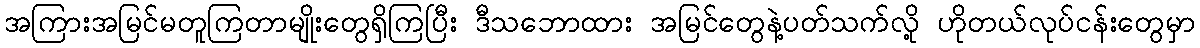
အကြားအမြင်မတူကြတာမျိုးတွေရှိကြပြီး ဒီသဘောထား အမြင်တွေနဲ့ပတ်သက်လို့ ဟိုတယ်လုပ်ငန်းတွေမှာ